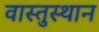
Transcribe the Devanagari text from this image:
वास्तुस्थान